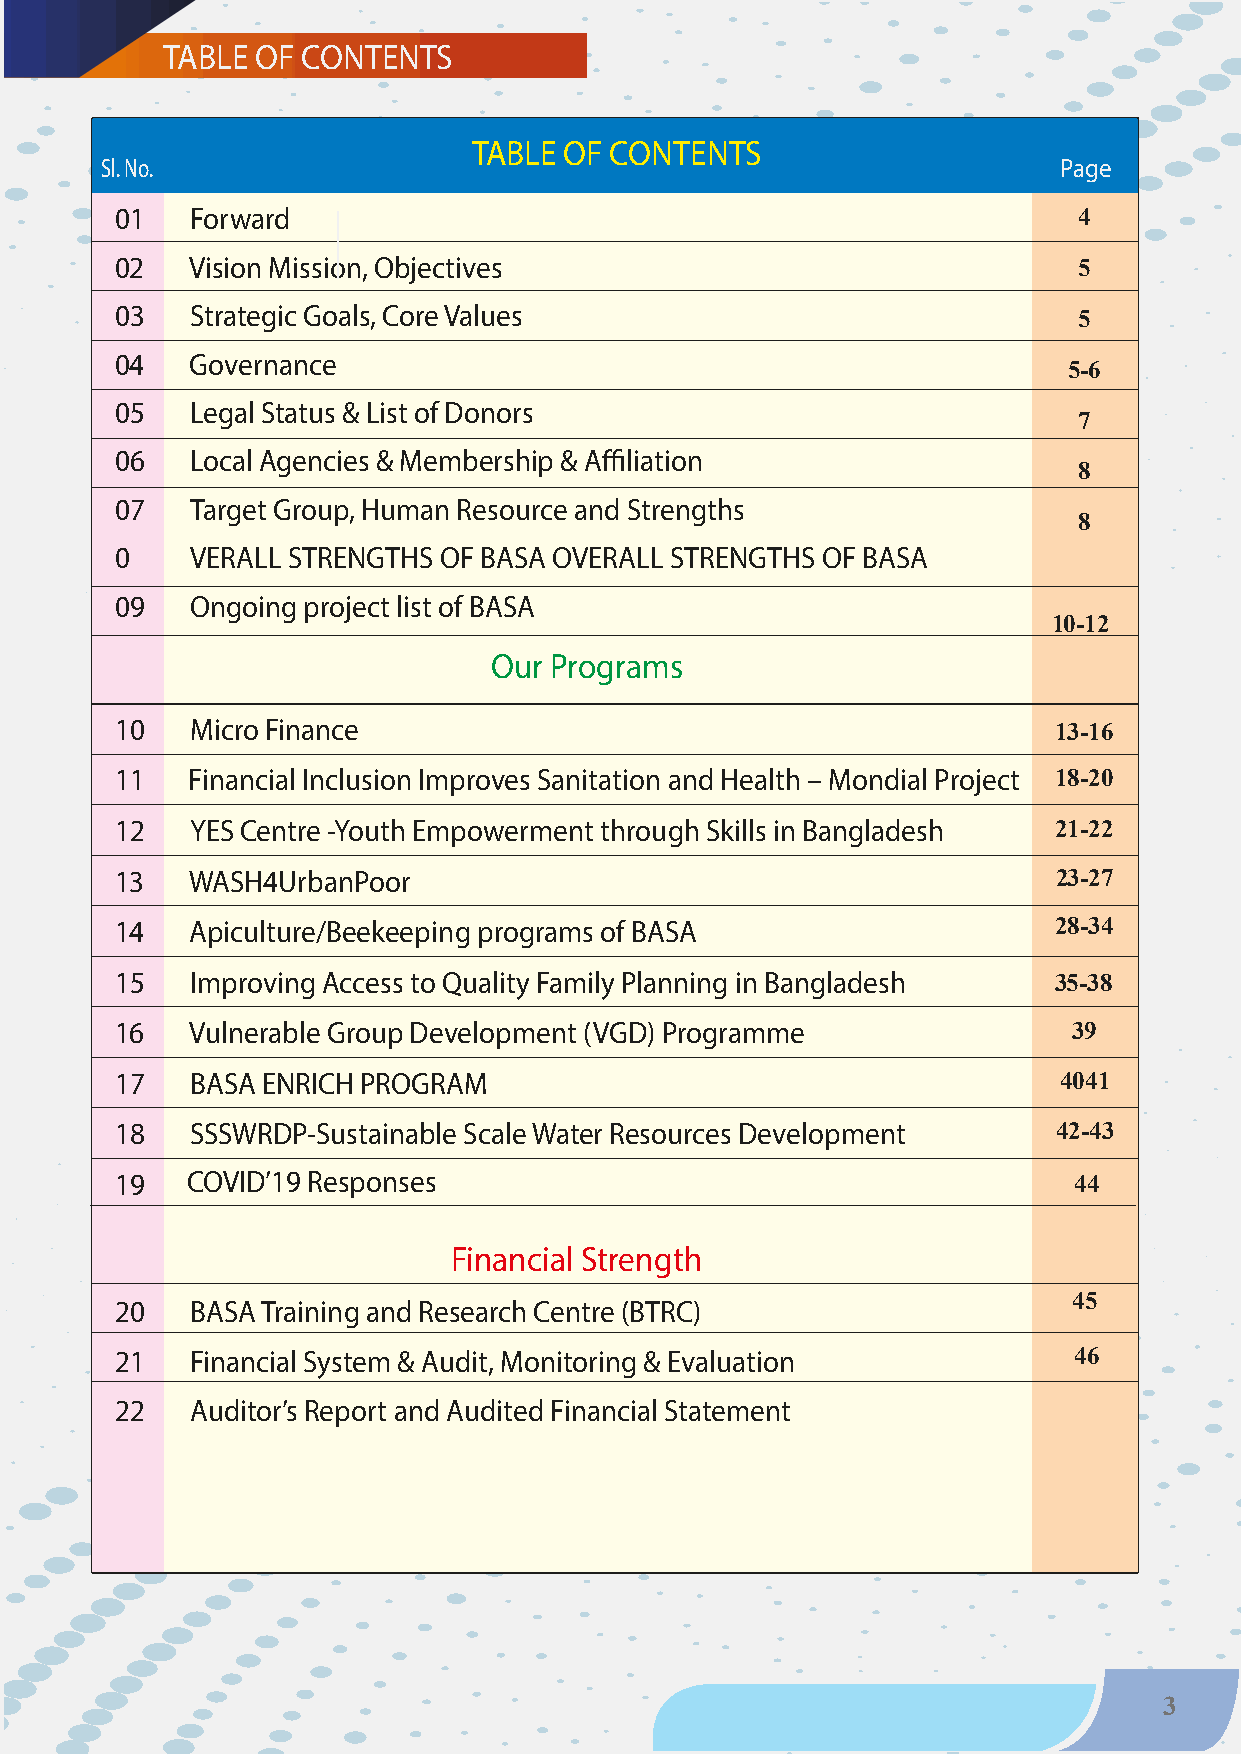
TABLE OF CONTENTS
 TABLE OF CONTENTS
 Sl. No.                                                        Page
 01   Forward                                                   4
 02   Vision Mission, Objectives                                5
 03   Strategic Goals, Core Values
 5
 04   Governance
 5-6
 05   Legal Status & List of Donors
 7
 06   Local Agencies & Membership & Affiliation
 8
 07   Target Group, Human Resource and Strengths
 8
 0    VERALL STRENGTHS OF BASA OVERALL STRENGTHS OF BASA
 09   Ongoing project list of BASA
 10-12
 Our Programs
 10   Micro Finance
 13-16
 11  Financial Inclusion Improves Sanitation and Health – Mondial Project 18-20
 12   YES Centre -Youth Empowerment through Skills in Bangladesh 21-22
 13   WASH4UrbanPoor                                           23-27
 14   Apiculture/Beekeeping programs of BASA                   28-34
 15   Improving Access to Quality Family Planning in Bangladesh 35-38
 16   Vulnerable Group Development (VGD) Programme              39
 17   BASA ENRICH PROGRAM                                      4041
 18   SSSWRDP-Sustainable Scale Water Resources Development    42-43
 19  COVID’19 Responses                                         44
 Financial Strength
 45
 20   BASA Training and Research Centre (BTRC)
 21   Financial System & Audit, Monitoring & Evaluation         46
 22   Auditor’s Report and Audited Financial Statement
 3